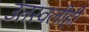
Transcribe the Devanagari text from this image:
उतरवलीही